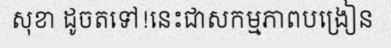
សុខា ដូចតទៅ!នេះជាសកម្មភាពបង្រៀន